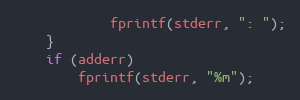
Language: C
			fprintf(stderr, ": ");
	}
	if (adderr)
		fprintf(stderr, "%m");